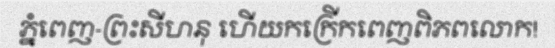
ភ្នំពេញ-ព្រះសីហនុ ហើយកក្រើកពេញពិភពលោក!